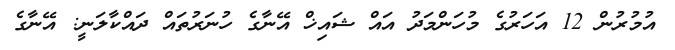
އުމުރުން 12 އަހަރުގެ މުހަންމަދު އައް ޝައިޚް އޭނާގެ ހުނަރުތައް ދައްކާލަނީ: އޭނާގެ